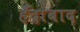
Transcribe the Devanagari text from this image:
हॅद्राबाद